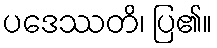
ပဒေဿတိ၊ ပြ၏။